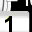
Digit: 1